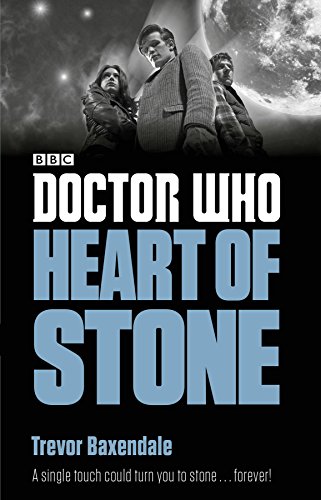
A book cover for Doctor Who: Heart of Stone; Trevor Baxendale; Science Fiction & Fantasy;